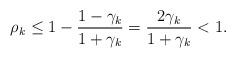
LaTeX: \begin{align*}\rho _{k}\leq 1-\frac{1-\gamma _{k}}{1+\gamma _{k}}=\frac{2\gamma _{k}}{1+\gamma _{k}}<1. \end{align*}